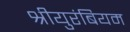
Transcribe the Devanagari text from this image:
श्रीयुरंबियम